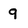
Character: 9